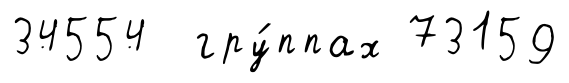
34554 гру́ппах 73159